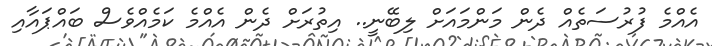
އެއްމެ ފުރުސަތެއް ދެން މަންމައަށް ލިބޭނީ.. އިތުރަށް ދެން އެއްމެ ކަމެއްވެސް ބައްޕައާއި